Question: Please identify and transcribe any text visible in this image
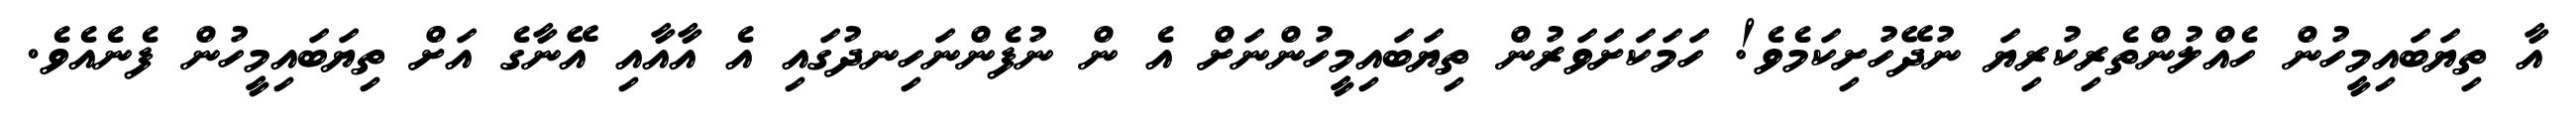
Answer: އާ ތިޔަބައިމީހުން ހެއްލުންތެރިކުރިޔަ ނުދޭހުށިކަމެވެ! ހަމަކަށަވަރުން ތިޔަބައިމީހުންނަށް އެ ން ނުފެންނަހިނދުގައި އެ އާއާއި އޭނާގެ އަށް ތިޔަބައިމީހުން ފެނެއެވެ.